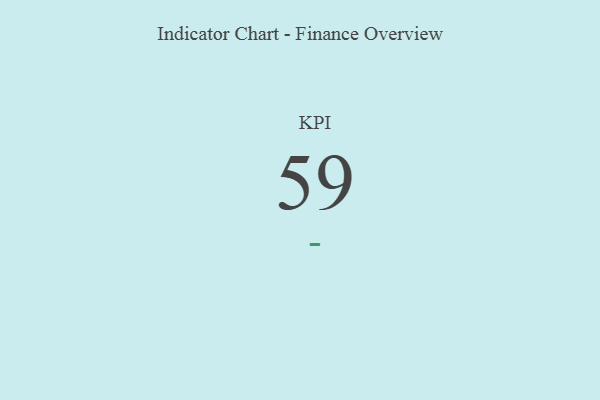
{"axis": {"x": "KPI", "y": "Value"}, "legend": [""], "data": [{"x": "KPI", "y": 59, "type": ""}]}